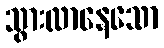
သွားလာနေသော